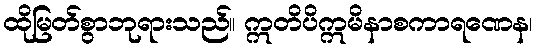
ထိုမြတ်စွာဘုရားသည်။ ဣတိပိဣမိနာစကာရဏေန၊